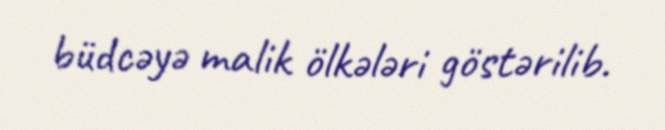
büdcəyə malik ölkələri göstərilib.